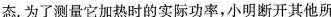
态.为了测量它加热时的实际功率，小明断开其他所